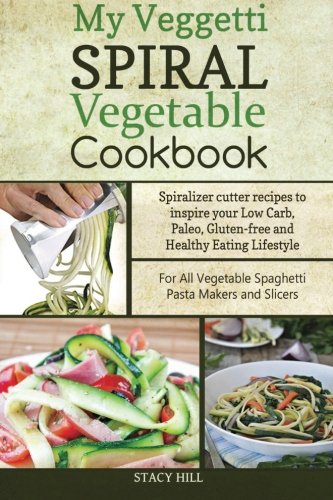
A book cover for My Veggetti Spiral Vegetable Cookbook: Spiralizer Cutter Recipes to Inspire Your Low Carb, Paleo, Gluten-free and Healthy Eating Lifestyle - For All Vegetable Spaghetti Pasta Makers and Slicers; Stacy Hill; Cookbooks, Food & Wine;